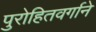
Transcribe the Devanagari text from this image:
पुरोहितवर्गाने